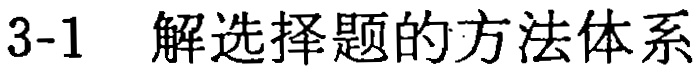
3-1 解选择题的方法体系